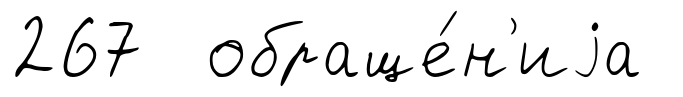
267 обраще́н'иjа